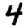
Digit: 4